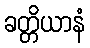
ခတ္တိယာနံ